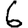
Digit: 6